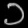
Digit: ၁